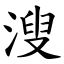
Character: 溲